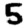
Digit: 5